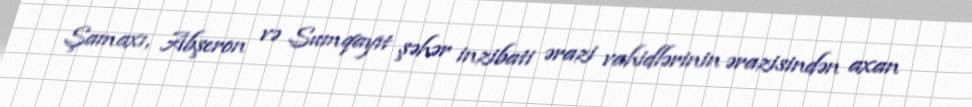
Şamaxı, Abşeron və Sumqayıt şəhər inzibati ərazi vahidlərinin ərazisindən axan